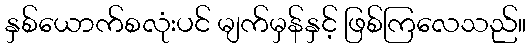
နှစ်ယောက်စလုံးပင် မျက်မှန်နှင့် ဖြစ်ကြလေသည်။